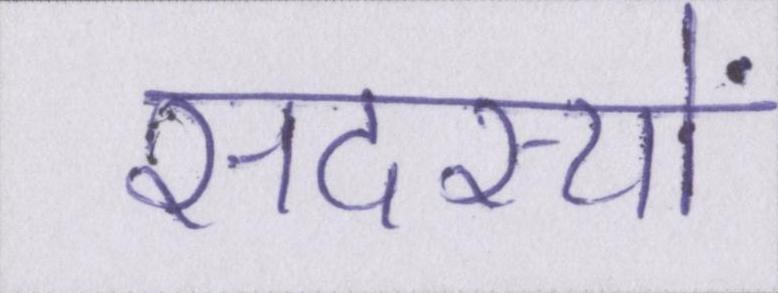
सदस्यों